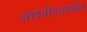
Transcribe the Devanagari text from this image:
आयपीएलमधील